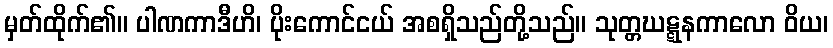
မှတ်ထိုက်၏။ ပါဏကာဒီဟိ၊ ပိုးကောင်ငယ် အစရှိသည်တို့သည်။ သုတ္တဃဋ္ဋနကာလော ဝိယ၊